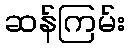
ဆန်ကြမ်း